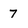
Character: 7